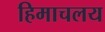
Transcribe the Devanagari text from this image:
हिमाचलय